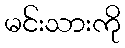
မင်းသားကို